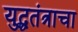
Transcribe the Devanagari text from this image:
युद्धतंत्राचा